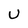
Character: U